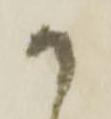
か